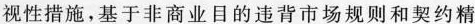
视性措施，基于非商业目的违背市场规则和契约精